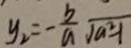
y _ { 2 } = - \frac { b } { a } \sqrt { a ^ { 2 } - 1 }